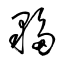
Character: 夥